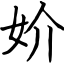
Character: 妎